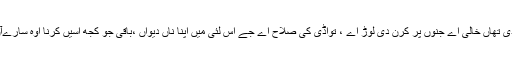
ہن اس وکی اتے ایڈمنسٹریٹر دی تھاں خالی اے جنوں پر کرن دی لوڑ اے ، تواڈی کی صلاح اے جے اس لئی میں اپنا ناں دیواں ،باقی جو کجھ اسیں کرنا اوہ سارےآں دی صلاح نال ای کرنا اے ۔